Civil Veterinary Department Bihar & Orissa reports 1929-36 - 1929-1936
Year: 1929
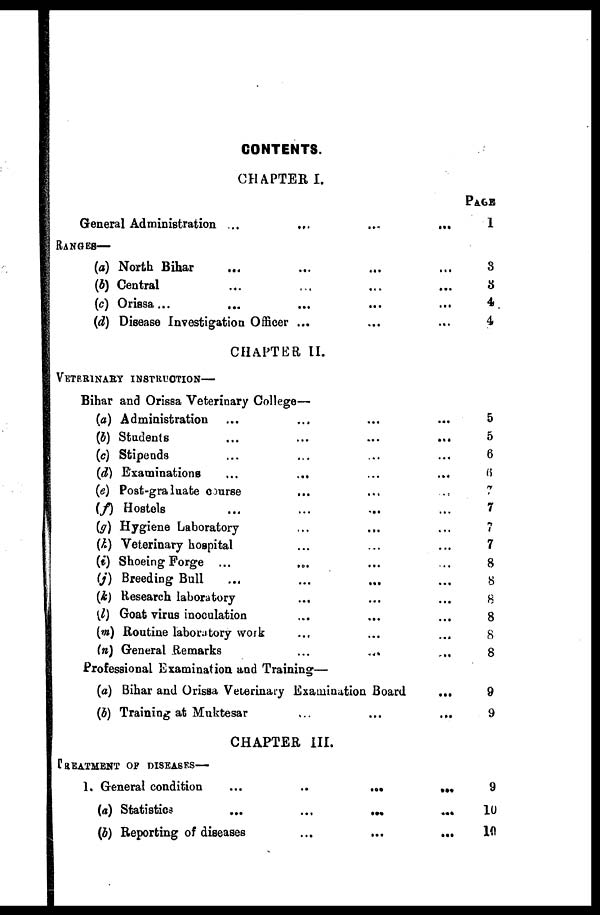
CONTENTS.
CHAPTER I.
General Administration ...
...
...
...
RANGES—
(a) North Bihar ... ... ... ...
(b) Central ... ... ... ...
(c) Orissa... ... ... ...
(d) Disease Investigation Officer ... ... ...
CHAPTER II.
VETERINARY INSTRUCTION—
Bihar and Orissa Veterinary College—
(a) Administration ... ... ... ...
(b) Students
...
...
...
...
(c) Stipends ... ... ... ...
(d) Examinations ... ... ... ...
(e) Post-graluate course ... ... ...
(f) Hostels ... ... ... ...
(g) Hygiene Laboratory... ... ...
(k) Veterinary hospital
...
...
...
(i) Shoeing Forge ... ... ... ... ...
(J) Breeding Bull ... ... ... ...
(k) Research laboratory ... ... ...
(l) Goat virus inoculation ... ... ...
(m) Routine laboratory work ... ...
(n) General Remarks
...
...
...
Professional Examination and Training—
(a) Bihar and Orissa Veterinary Examination Board
...
(b) Training at Muktesar
...
...
...
CHAPTER III.
TREATMENT OF DISEASES—
1. General condition ... ... ...
(a) Statistics ... ... ...
(b) Reporting of diseases
...
...
...
PAGE
1
3
3
4
4
5
5
6
6
7
7
7
7
8
8
8
8
8
8
9
9
9
10
10